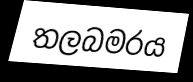
තලබමරය